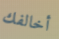
أخالفك